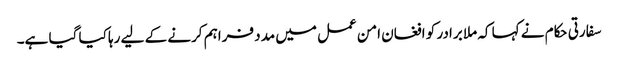
سفارتی حکام نے کہا کہ ملا برادر کو افغان امن عمل میں مدد فراہم کرنے کے لیے رہا کیا گیا ہے۔